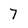
Character: 7